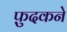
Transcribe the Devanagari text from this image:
फ़ुदकने